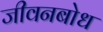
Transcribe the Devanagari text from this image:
जीवनबोध